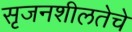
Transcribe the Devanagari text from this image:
सृजनशीलतेचे